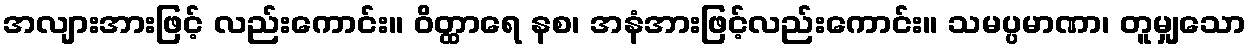
အလျားအားဖြင့် လည်းကောင်း။ ဝိတ္ထာရေ နစ၊ အနံအားဖြင့်လည်းကောင်း။ သမပ္ပမာဏာ၊ တူမျှသော